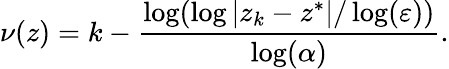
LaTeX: \nu(z)=k-{\frac{\log(\log|z_{k}-z^{*}|/\log(\varepsilon))}{\log(\alpha)}}.